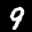
Label: 9